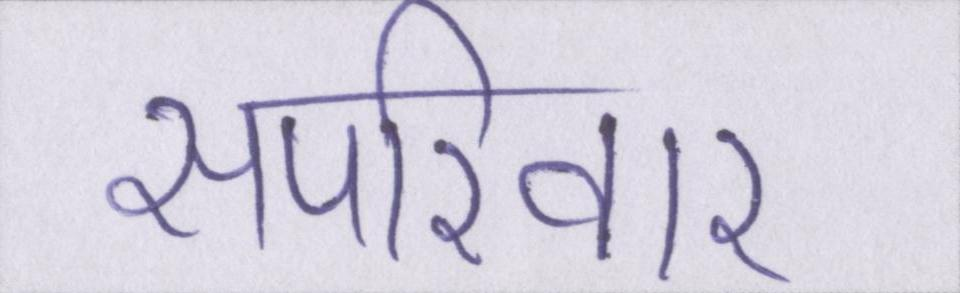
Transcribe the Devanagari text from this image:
सपरिवार